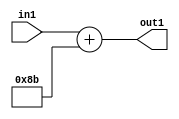
`timescale 1ps / 1ps
/*****************************************************************************
    Verilog RTL Description
    
    
    Created by: Stratus DpOpt 2019.1.01 
*******************************************************************************/

module DC_Filter_Add_12U_254_1 (
	in1,
	out1
	); /* architecture "behavioural" */ 
input [11:0] in1;
output [11:0] out1;
wire [11:0] asc001;

assign asc001 = 
	+(in1)
	+(12'B000010001011);

assign out1 = asc001;
endmodule

/* CADENCE  urnyQg0= : u9/ySgnWtBlWxVPRXgAZ4Og= ** DO NOT EDIT THIS LINE ******/